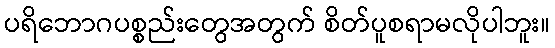
ပရိဘောဂပစ္စည်းတွေအတွက် စိတ်ပူစရာမလိုပါဘူး။